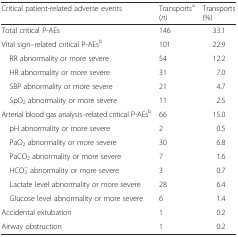
| Critical patient-related adverse events | Transportsa (n) | Transports (%) |
 | --- | --- | --- |
 | Total critical P-AEs | 146 | 33.1 |
 | Vital sign–related critical P-AEsb | 101 | 22.9 |
 | RR abnormality or more severe | 54 | 12.2 |
 | HR abnormality or more severe | 31 | 7.0 |
 | SBP abnormality or more severe | 21 | 4.7 |
 | SpO2 abnormality or more severe | 11 | 2.5 |
 | Arterial blood gas analysis–related critical P-AEsb | 66 | 15.0 |
 | pH abnormality or more severe | 2 | 0.5 |
 | PaO2 abnormality or more severe | 30 | 6.8 |
 | PaCO2 abnormality or more severe | 7 | 1.6 |
 | HCO3− abnormality or more severe | 3 | 0.7 |
 | Lactate level abnormality or more severe | 28 | 6.4 |
 | Glucose level abnormality or more severe | 6 | 1.4 |
 | Accidental extubation | 1 | 0.2 |
 | Airway obstruction | 1 | 0.2 |